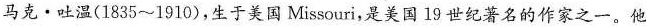
马克·吐温(1835~1910)，生于美国Missouri，是美国19世纪著名的作家之一。他